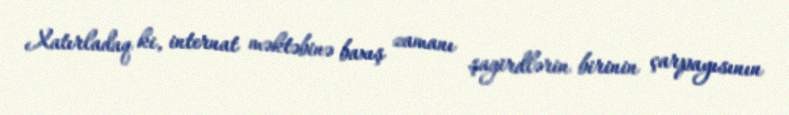
Xatırladaq ki, internat məktəbinə baxış zamanı şagirdlərin birinin çarpayısının